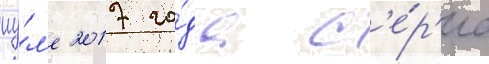
иу́л'е 2017 го́да с'е́р'иа